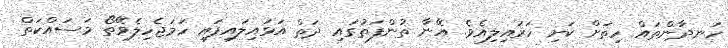
ހަނދާންތައް ހިތަށް ކަށި ހަރައިލިއެވެ. އޭނާ ތުންފަތުގައި ދަތް އަޅައިލައިފައި ހަމަޖެހިލެވޭތޯ މަސައްކަތް